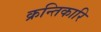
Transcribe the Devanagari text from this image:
क्रन्तिकारि